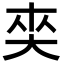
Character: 𡘖